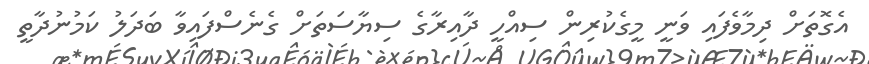
އެގޮތަށް ދިމާވެފައި ވަނީ މީގެކުރިން ސިއްހީ ދާއިރާގެ ސިޔާސަތަށް ގެނެސްފައިވާ ބަދަލު ކަމުނުދާތީ